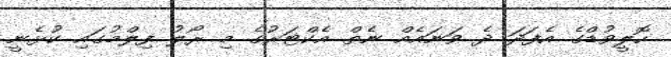
ހޮލީވުޑްގެ އެފަދަ ދެ ވަނައެއް ނެތް އެކްޓަރުގެ މި ރޯލު ފިލްމުގައި ކުޅެނީ